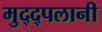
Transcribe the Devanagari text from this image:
मुद्द्पलानी